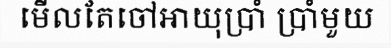
មើលតែចៅអាយុប្រាំ ប្រាំមួយ